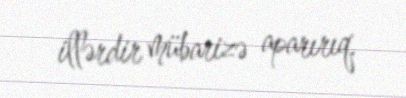
illərdir mübarizə aparırıq.